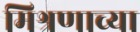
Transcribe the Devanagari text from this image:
मिश्रणाच्या